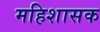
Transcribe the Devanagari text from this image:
महिशासक